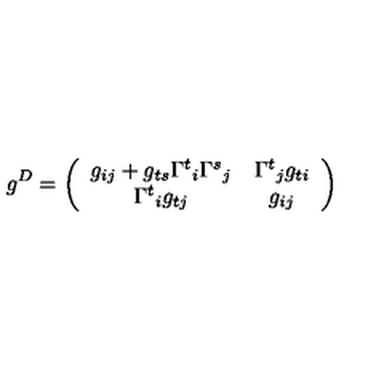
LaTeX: g ^ { D } = \left( \begin{array} { c c } { g _ { i j } + g _ { t s } { \Gamma ^ { t } } _ { i } { \Gamma ^ { s } } _ { j } } & { { \Gamma ^ { t } } _ { j } g _ { t i } } \\ { { \Gamma ^ { t } } _ { i } g _ { t j } } & { g _ { i j } } \\ \end{array} \right)